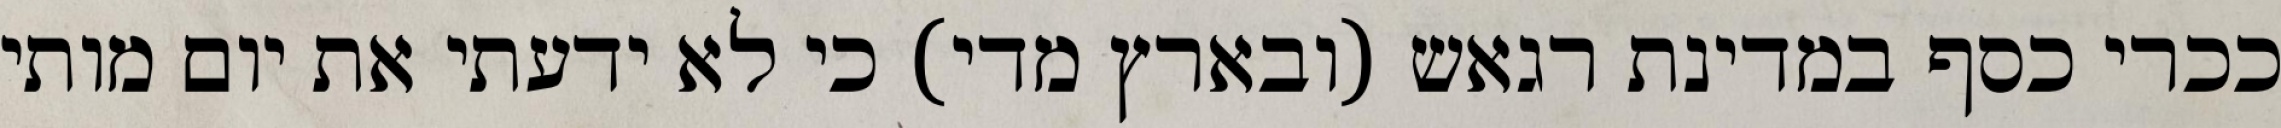
ככרי כסף במדינת רגאש (ובארץ מדי) כי לא ידעתי את יום מותי